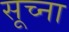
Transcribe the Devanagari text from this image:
सूच्ना